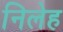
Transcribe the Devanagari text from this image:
निलेह